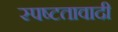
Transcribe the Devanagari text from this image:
स्पष्टतावादी